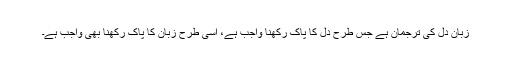
زبان دل کی ترجمان ہے جس طرح دل کا پاک رکھنا واجب ہے، اسی طرح زبان کا پاک رکھنا بھی واجب ہے۔